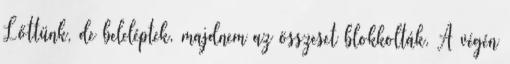
Lőttünk, de beleléptek, majdnem az összeset blokkolták. A végén